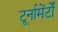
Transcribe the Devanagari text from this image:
टूर्नामेंर्टों